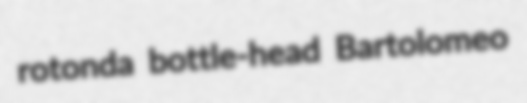
rotonda bottle-head Bartolomeo